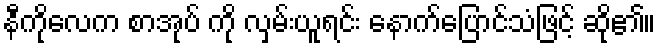
နီကိုလေက စာအုပ် ကို လှမ်းယူရင်း နောက်ပြောင်သံဖြင့် ဆို၏။